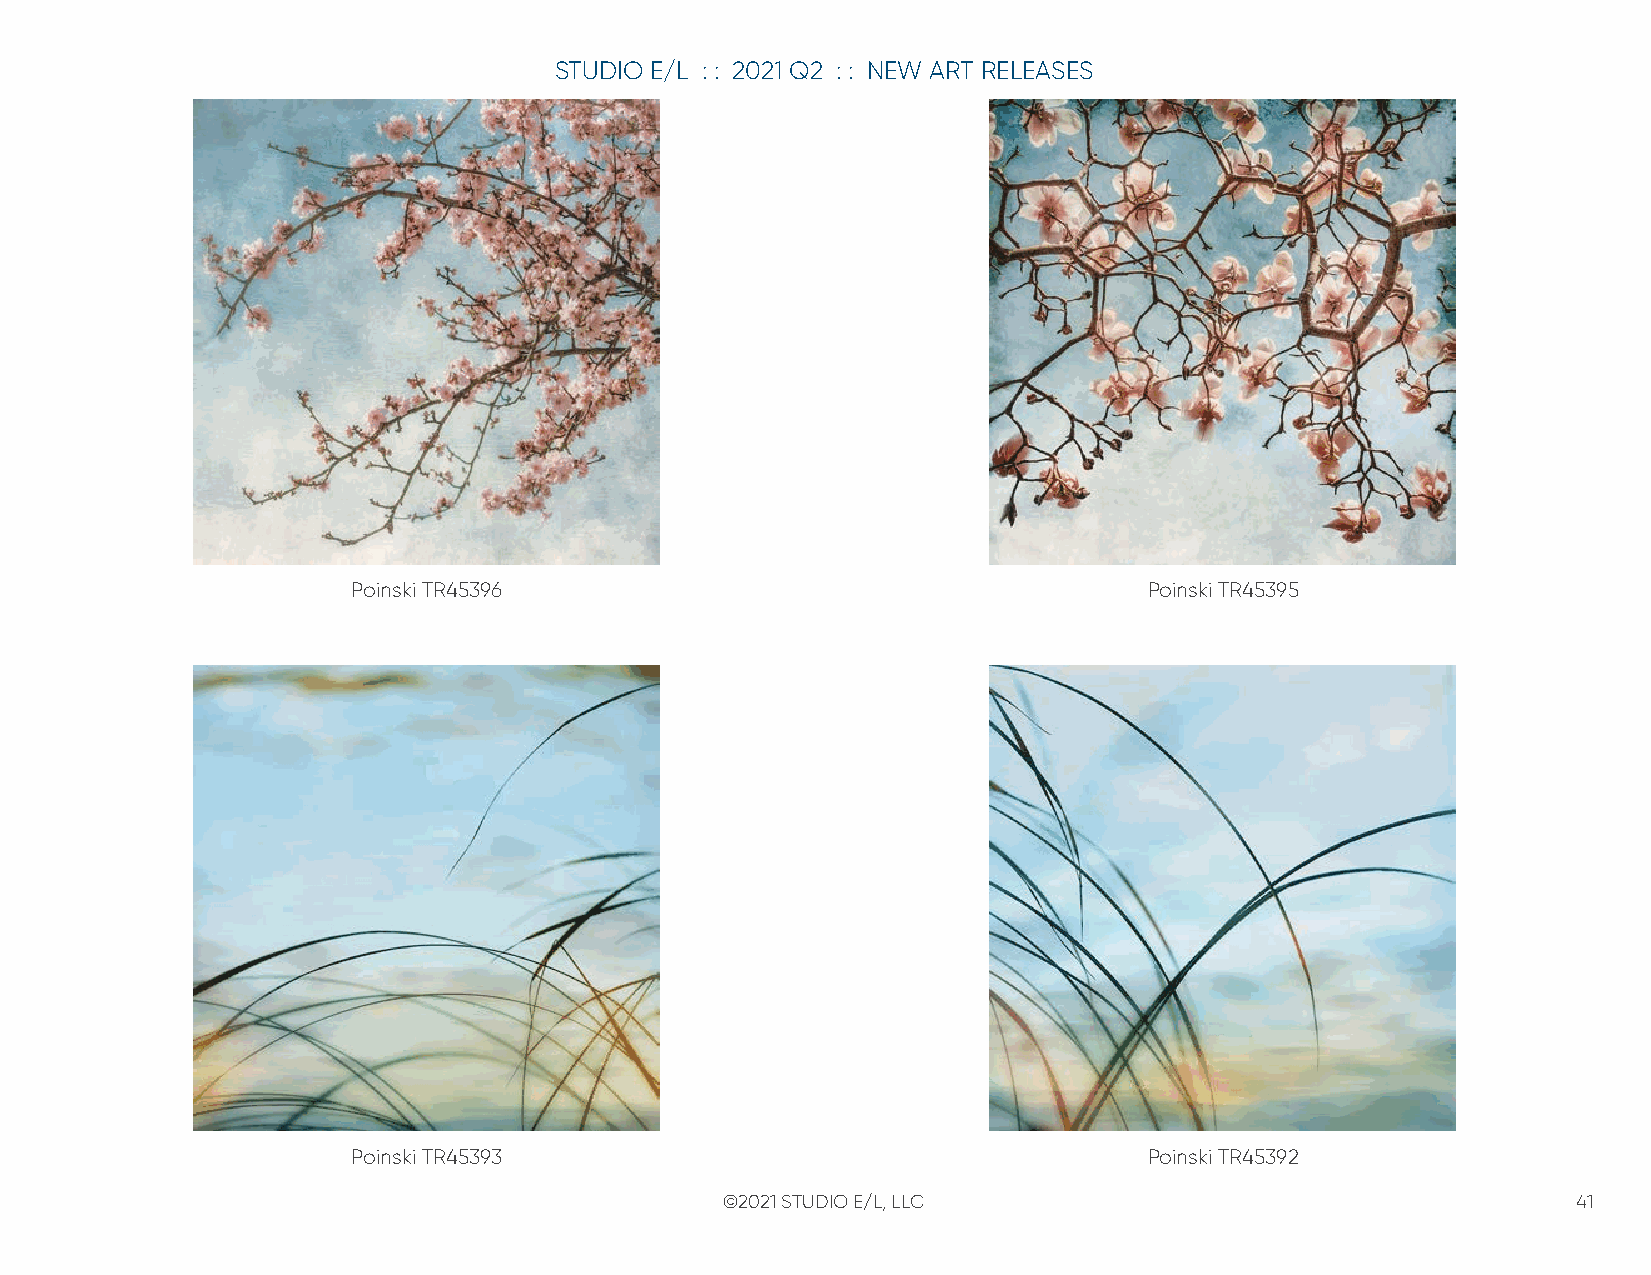
STUDIO E/L : : 2021 Q2 : : NEW ART RELEASES
 Poinski TR45396                                      Poinski TR45395
 Poinski TR45393                                      Poinski TR45392
 ©2021 STUDIO E/L, LLC                                   41